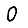
Digit: 0